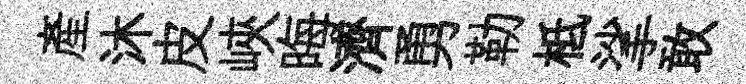
產沐皮峽晦濟勇勒柢挲敢